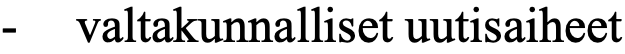
- valtakunnalliset uutisaiheet